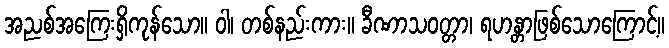
အညစ်အကြေးရှိကုန်သော။ ဝါ၊ တစ်နည်းကား။ ခီဏာသဝတ္တာ၊ ရဟန္တာဖြစ်သောကြောင့်။